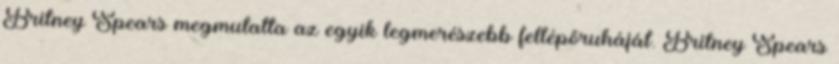
Britney Spears megmutatta az egyik legmerészebb fellépőruháját. Britney Spears